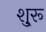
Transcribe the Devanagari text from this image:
शु्रू